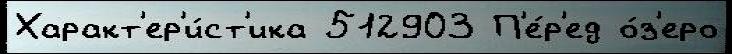
Характ'ер'и́ст'ика 512903 П'е́р'ед о́з'еро